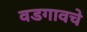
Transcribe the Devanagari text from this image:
वडगावचे